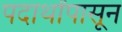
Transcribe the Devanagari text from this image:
पदार्थांपासून